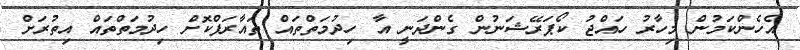
އެހެންކަމުން މިހާރު ހައްޖު ކޯޕަރޭޝަނުން ގެންދަނީ އާ ހިދުމަތްތައް ތައާރަފްކޮށް ހިދުމަތްތައް އިތުރަށް